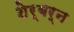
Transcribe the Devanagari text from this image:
शेर्बर्न